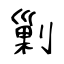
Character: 剿